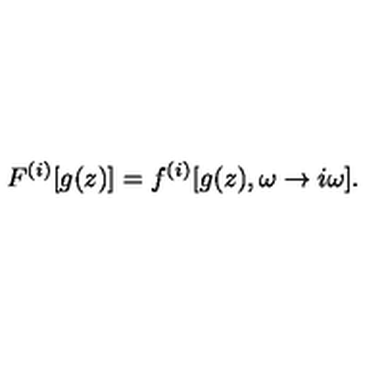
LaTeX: F ^ { ( i ) } [ g ( z ) ] = f ^ { ( i ) } [ g ( z ) , \omega \rightarrow i \omega ] .